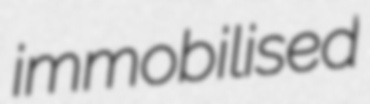
immobilised